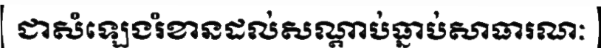
ជាសំឡេងរំខានដល់សណ្តាប់ធ្នាប់សាធារណៈ